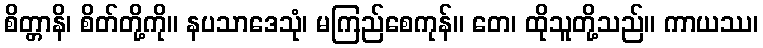
စိတ္တာနိ၊ စိတ်တို့ကို။ နပသာဒေသုံ၊ မကြည်စေကုန်။ တေ၊ ထိုသူတို့သည်။ ကာယဿ၊